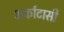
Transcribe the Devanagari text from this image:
अर्काटासी